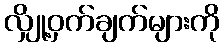
လျှို့ဝှက်ချက်များကို